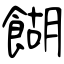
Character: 餬